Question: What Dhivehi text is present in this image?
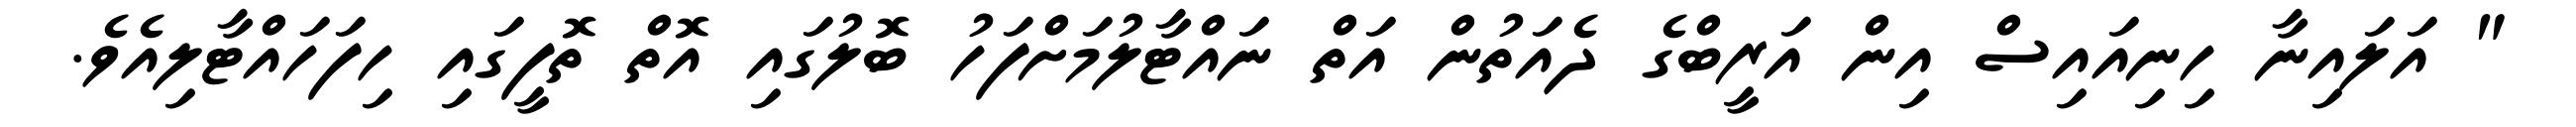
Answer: " އަލައިނާ ހިނިއައިސް އިން އަރީބްގެ ދެއަތުން އަތް ނައްޓާލުމަށްފަހު ބޮލުގައި އޮތް ތޮފީގައި ހިފަހައްޓާލިއެވެ.